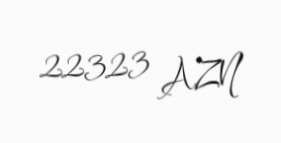
22323 AZN